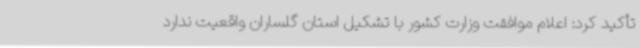
تأکید کرد: اعلام موافقت وزارت کشور با تشکیل استان گلساران واقعیت ندارد